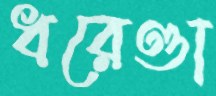
ধরেণ্ডা